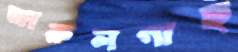
জারুলগাছ